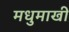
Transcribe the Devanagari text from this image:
मधुमाखी